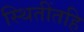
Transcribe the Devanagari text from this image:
स्थितींतहि